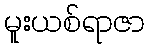
မူးယစ်ရာဇာ